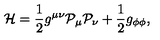
{ \cal H } = \frac { 1 } { 2 } g ^ { \mu \nu } { \cal P } _ { \mu } { \cal P } _ { \nu } + \frac { 1 } { 2 } g _ { \phi \phi } ,